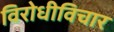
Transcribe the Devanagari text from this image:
विरोधीविचार